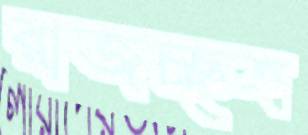
রাজচ্ছত্র